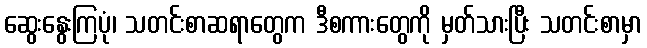
ဆွေးနွေးကြပုံ၊ သတင်းစာဆရာတွေက ဒီစကားတွေကို မှတ်သားပြီး သတင်းစာမှာ